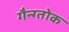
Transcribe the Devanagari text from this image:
गैन्ग्तोक